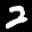
Label: 2